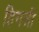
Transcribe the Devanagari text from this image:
हिगली